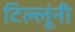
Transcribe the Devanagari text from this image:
टिल्लूंनी